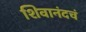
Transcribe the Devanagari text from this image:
शिवानंदचं